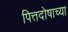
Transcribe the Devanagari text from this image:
पित्तदोषाच्या